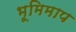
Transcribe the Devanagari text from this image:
भूमिमाप